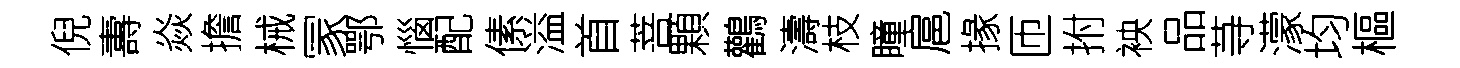
倪夀焱擔械冡鄂惱配傃溢首菩顆鸛濤枝瞳扈掾匝拊䘧品䒭濛均樞